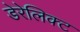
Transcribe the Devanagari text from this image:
डेरेलिक्ट